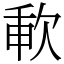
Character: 㰱